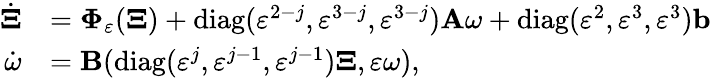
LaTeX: \begin{array}{rl}{\dot{\mathbf{\Xi}}}&{=\mathbf{\Phi}_{\varepsilon}(\mathbf{\Xi})+\mathrm{diag}(\varepsilon^{2-j},\varepsilon^{3-j},\varepsilon^{3-j})\textbf{A}\omega+\mathrm{diag}(\varepsilon^{2},\varepsilon^{3},\varepsilon^{3})\textbf{b}}\\ {\dot{\omega}}&{=\textbf{B}(\mathrm{diag}(\varepsilon^{j},\varepsilon^{j-1},\varepsilon^{j-1})\mathbf{\Xi},\varepsilon\omega),}\end{array}